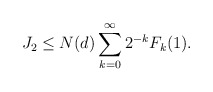
\begin{align*} J_2 \le N (d) \sum_{k = 0}^\infty 2^{-k} F_k (1).\end{align*}